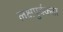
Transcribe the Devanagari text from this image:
लक्षपुर्वकता